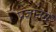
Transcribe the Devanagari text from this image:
प्रज्ञानमें